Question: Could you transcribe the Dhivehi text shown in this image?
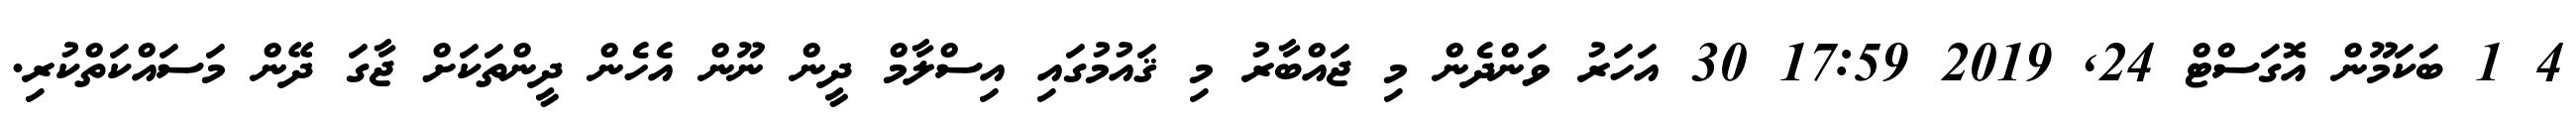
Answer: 4 1 ބަކަމޫން އޮގަސްޓް 24, 2019 17:59 30 އަހަރު ވަންދެން މި ޖައްބާރު މި ޤައުމުގައި އިސްލާމް ދީން ނޫން އެހެން ދީންތަކަށް ޖާގަ ދޭން މަސައްކަތްކުރި.